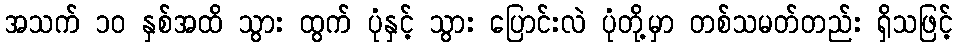
အသက် ၁၀ နှစ်အထိ သွား ထွက် ပုံနှင့် သွား ပြောင်းလဲ ပုံတို့မှာ တစ်သမတ်တည်း ရှိသဖြင့်